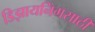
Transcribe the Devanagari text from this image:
डिझायनिंगसाठी